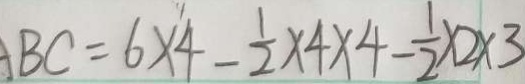
A B C = 6 \times 4 - \frac { 1 } { 2 } \times 4 \times 4 - \frac { 1 } { 2 } \times 2 \times 3